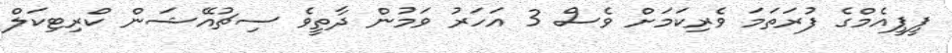
ޕީޕީއެމްގެ ފުރަތަމަ ވެރިކަމަށް ވެސް 3 އަހަރު ވަމުން ދާތީވެ ސިޗުއޭޝަން ކްރިޓިކަލް